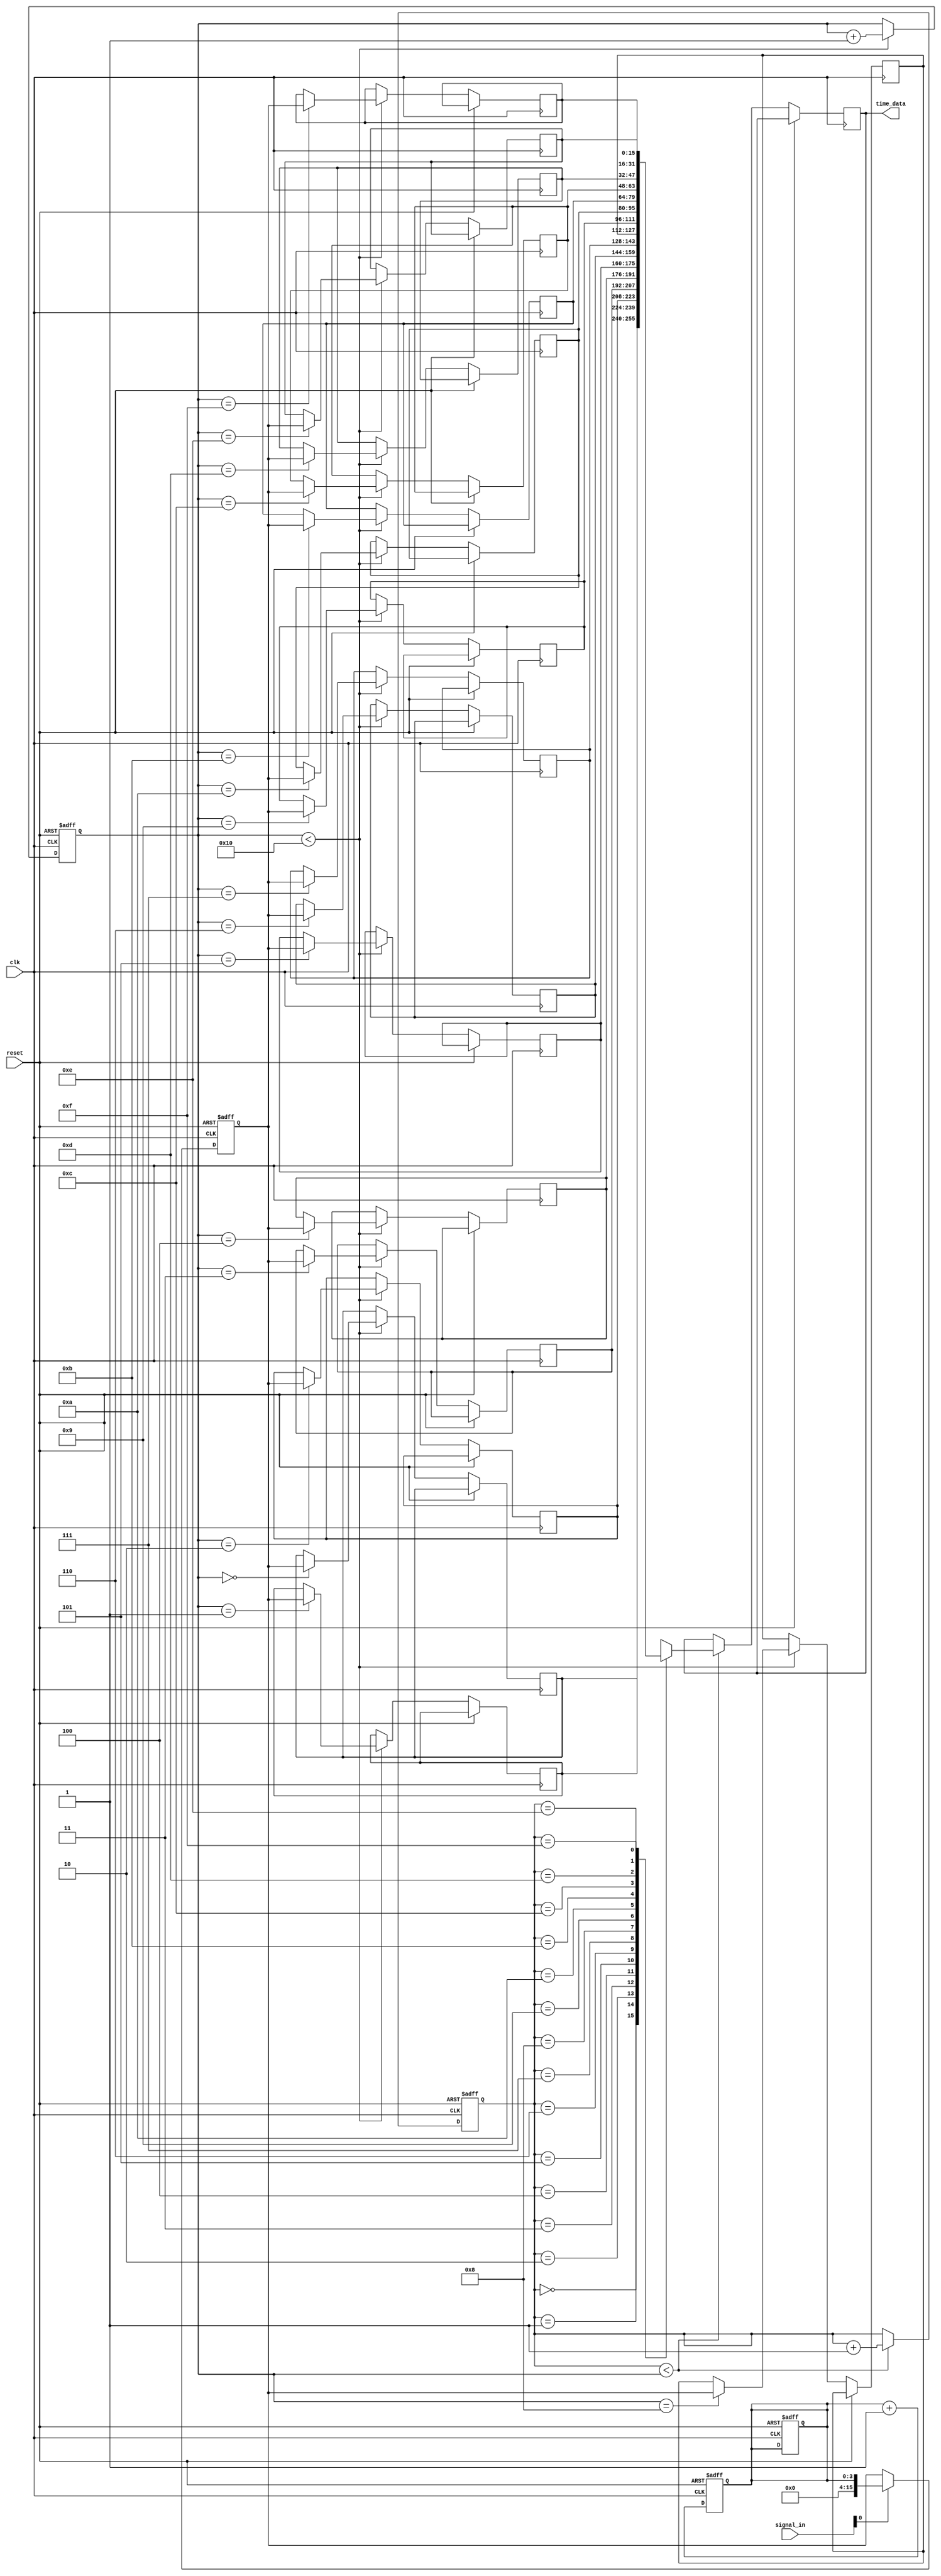
module TDC (
    input wire clk,               // High-frequency clock
    input wire reset,             // Reset signal
    input wire [N-1:0] signal_in, // Input signal (N channels)
    output wire [M-1:0] time_data // Output time measurements
);
    parameter N = 4;              // Number of TDC units (channels)
    parameter M = 16;             // Width of time measurement output
    parameter FIFO_DEPTH = 16;    // Depth of FIFO memory

    // Internal signals
    reg [M-1:0] time_measurements[N-1:0]; // Time measurements for each channel
    reg [M-1:0] fifo[FIFO_DEPTH-1:0];      // FIFO memory for storing measurements
    reg [3:0] write_pointer;                // FIFO write pointer
    reg [3:0] read_pointer;                 // FIFO read pointer
    reg [3:0] count;                        // Count for FIFO management

    // Time Measurement Logic for each TDC unit
    genvar i;
    generate
        for (i = 0; i < N; i = i + 1) begin : tdc_unit
            always @(posedge clk or posedge reset) begin
                if (reset) begin
                    time_measurements[i] <= 0;
                end else if (signal_in[i]) begin
                    // Capture time of signal edge
                    time_measurements[i] <= count; // Example: using count as time
                end
            end
        end
    endgenerate

    // FIFO Memory Management
    always @(posedge clk or posedge reset) begin
        if (reset) begin
            write_pointer <= 0;
            read_pointer <= 0;
            count <= 0;
        end else begin
            // Write time measurements to FIFO
            if (write_pointer < FIFO_DEPTH) begin
                fifo[write_pointer] <= time_measurements[0]; // Example: only using first channel
                write_pointer <= write_pointer + 1;
            end
            
            // Read from FIFO
            if (read_pointer < write_pointer) begin
                time_data <= fifo[read_pointer];
                read_pointer <= read_pointer + 1;
            end
        end
    end

    // Clock Counter for Time Measurement
    always @(posedge clk or posedge reset) begin
        if (reset) begin
            count <= 0;
        end else begin
            count <= count + 1; // Increment count for each clock cycle
        end
    end

endmodule